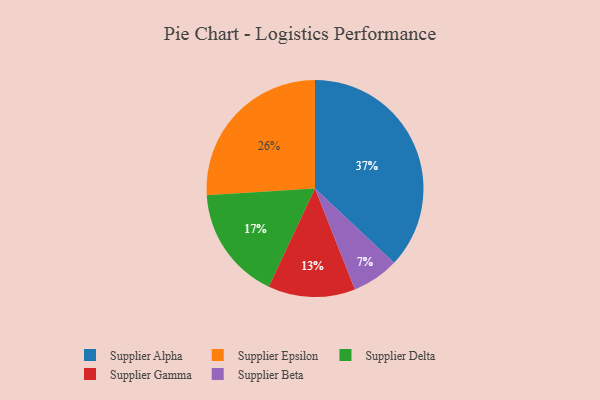
{"axis": {"x": "Category", "y": "Percentage"}, "legend": ["Supplier Alpha", "Supplier Beta", "Supplier Delta", "Supplier Epsilon", "Supplier Gamma"], "data": [{"x": "Supplier Epsilon", "y": 26, "type": "Supplier Epsilon"}, {"x": "Supplier Gamma", "y": 13, "type": "Supplier Gamma"}, {"x": "Supplier Beta", "y": 7, "type": "Supplier Beta"}, {"x": "Supplier Alpha", "y": 37, "type": "Supplier Alpha"}, {"x": "Supplier Delta", "y": 17, "type": "Supplier Delta"}]}